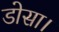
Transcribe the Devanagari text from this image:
डोसा।